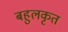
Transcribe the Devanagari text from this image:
बहुलकृत